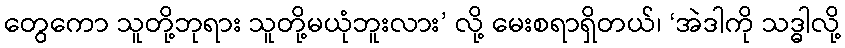
တွေကော သူတို့ဘုရား သူတို့မယုံဘူးလား’ လို့ မေးစရာရှိတယ်၊ ‘အဲဒါကို သဒ္ဓါလို့